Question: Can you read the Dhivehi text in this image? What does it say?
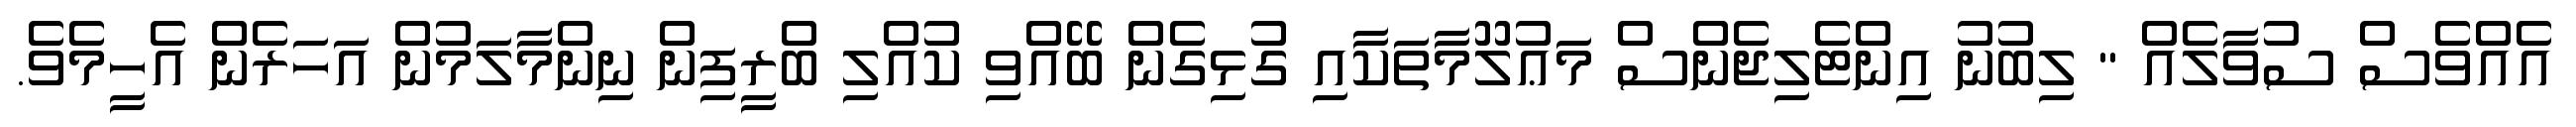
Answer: އެއްވެސް ސުވާލެއް " ލިބުނު އިންޓެލިޖެންސް މަޢުލޫމާތަކާއި ގުޅިގެން ބޭއްވި ކުއްލި ބްރީފިން ނިންމާލަމުން އަހަރެން އެހީމެވެ.